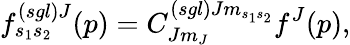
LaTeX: f_{s_{1}s_{2}}^{\left(sgl\right)J}(p)=C_{Jm_{J}}^{\left(sgl\right)Jm_{s_{1}s_{2}}}f^{J}(p),